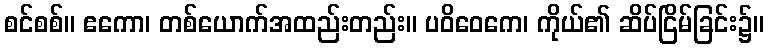
စင်စစ်။ ဧကော၊ တစ်ယောက်အထည်းတည်း။ ပဝိဝေကေ၊ ကိုယ်၏ ဆိပ်ငြိမ်ခြင်း၌။